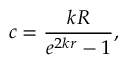
c = \frac { k R } { e ^ { 2 k r } - 1 } ,